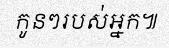
កូនៗរបស់អ្នក៕